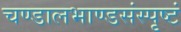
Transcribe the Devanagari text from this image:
चण्डालभाण्डसंस्पृष्टं